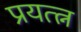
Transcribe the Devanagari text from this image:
प्रयत्त्न